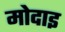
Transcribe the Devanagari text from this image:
मोदाइ